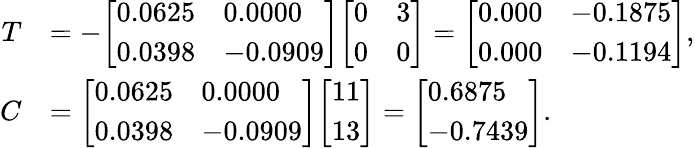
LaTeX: {\begin{array}{rl}{T}&{=-{\left[\begin{array}{ll}{0.0625}&{0.0000}\\ {0.0398}&{-0.0909}\end{array}\right]}{\left[\begin{array}{ll}{0}&{3}\\ {0}&{0}\end{array}\right]}={\left[\begin{array}{ll}{0.000}&{-0.1875}\\ {0.000}&{-0.1194}\end{array}\right]},}\\ {C}&{={\left[\begin{array}{ll}{0.0625}&{0.0000}\\ {0.0398}&{-0.0909}\end{array}\right]}{\left[\begin{array}{l}{11}\\ {13}\end{array}\right]}={\left[\begin{array}{l}{0.6875}\\ {-0.7439}\end{array}\right]}.}\end{array}}